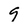
Character: 9